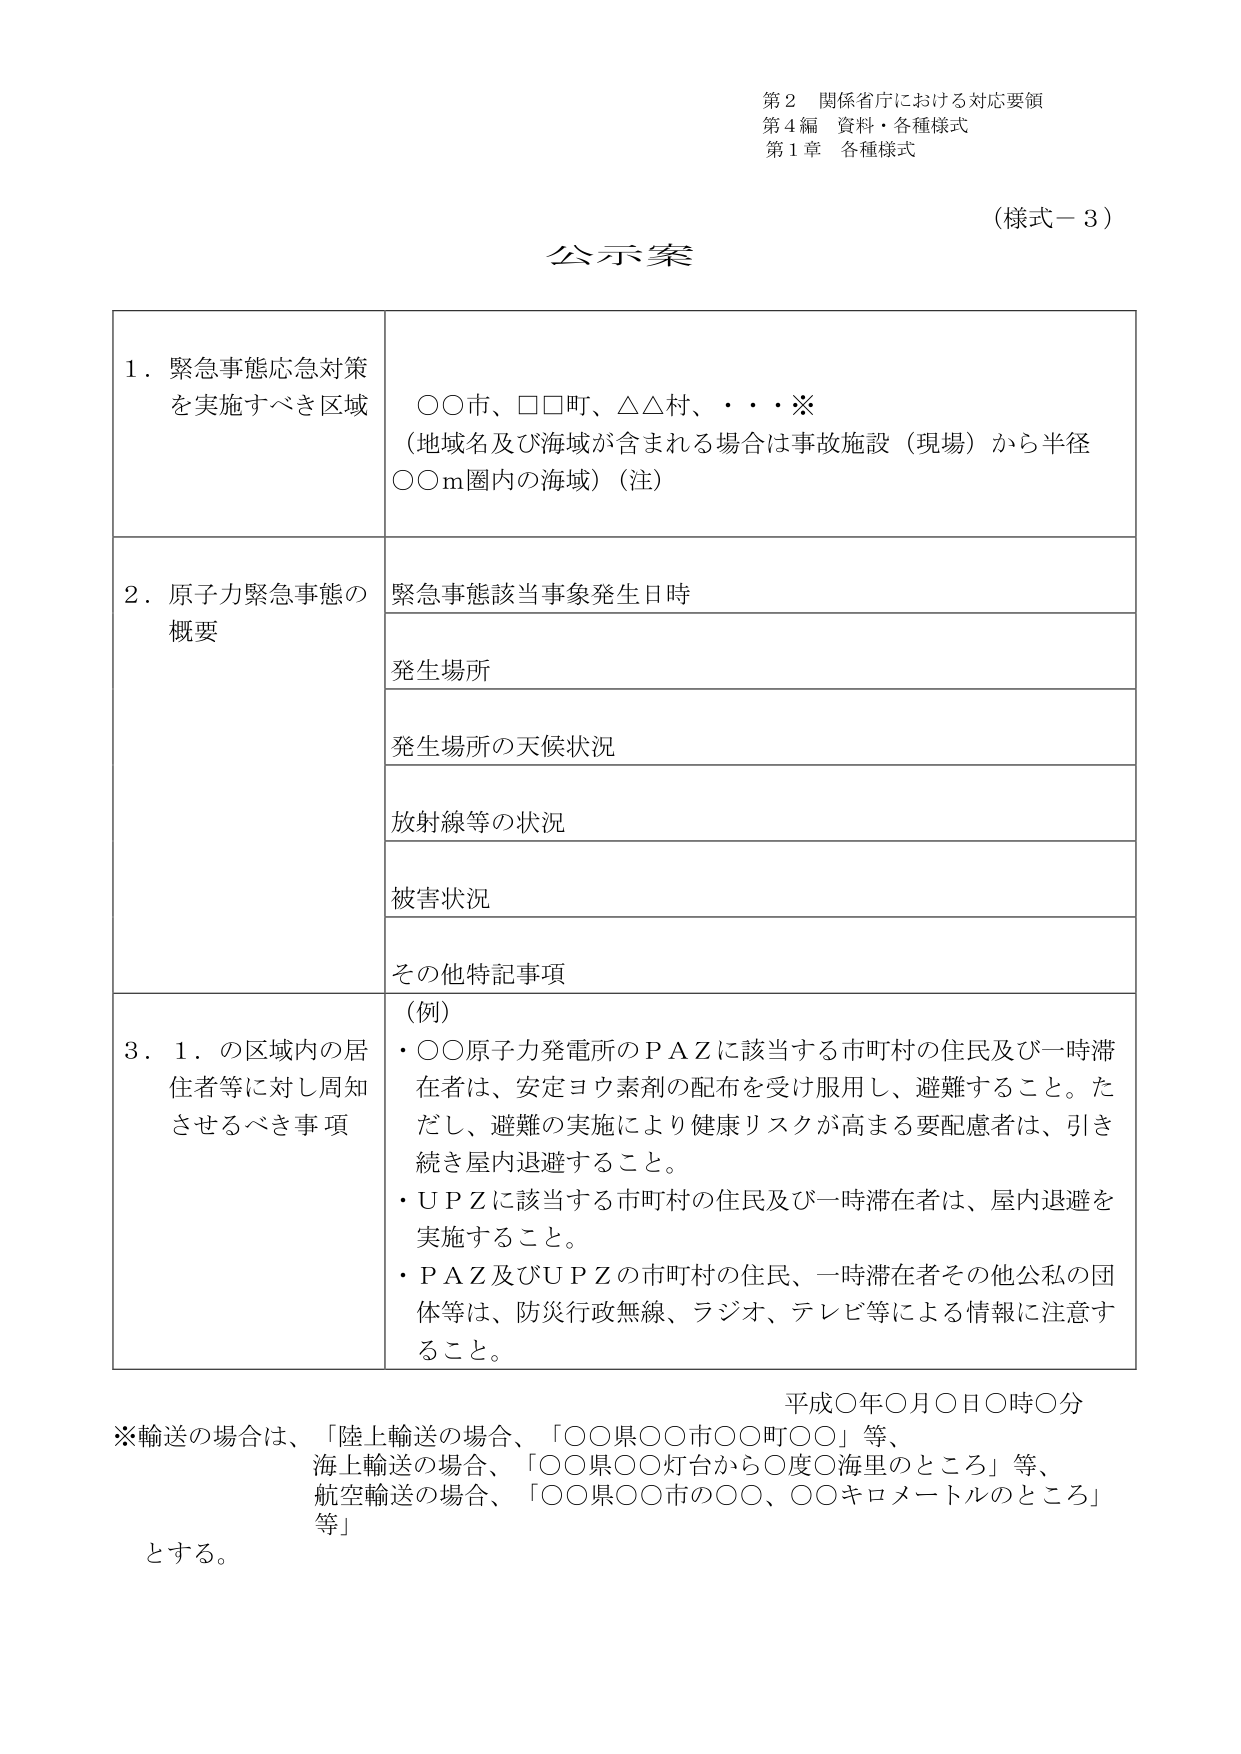
第２ 関係省庁における対応要領
第４編 資料・各種様式
第１章 各種様式

（様式－３）

公示案

１．緊急事態応急対策
を実施すべき区域
　○○市、□□町、△△村、・・・※
　（地域名及び海域が含まれる場合は事故施設（現場）から半径
　○○ｍ圏内の海域）（注）

２．原子力緊急事態の
概要
　緊急事態該当事象発生日時
　発生場所
　発生場所の天候状況
　放射線等の状況
　被害状況
　その他特記事項

３．１．の区域内の居
住者等に対し周知
させるべき事項
　（例）
　・○○原子力発電所のＰＡＺに該当する市町村の住民及び一時滞
　　在者は、安定ヨウ素剤の配布を受け服用し、避難すること。た
　　だし、避難の実施により健康リスクが高まる要配慮者は、引き
　　続き屋内退避すること。
　・ＵＰＺに該当する市町村の住民及び一時滞在者は、屋内退避を
　　実施すること。
　・ＰＡＺ及びＵＰＺの市町村の住民、一時滞在者その他公私の団
　　体等は、防災行政無線、ラジオ、テレビ等による情報に注意す
　　ること。

平成○年○月○日○時○分
※輸送の場合は、「陸上輸送の場合、「○○県○○市○○町○○」等、
　海上輸送の場合、「○○県○○灯台から○度○海里のところ」等、
　航空輸送の場合、「○○県○○市の○○、○○キロメートルのところ」
　等」
とする。